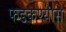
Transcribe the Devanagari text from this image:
फडकण्यास